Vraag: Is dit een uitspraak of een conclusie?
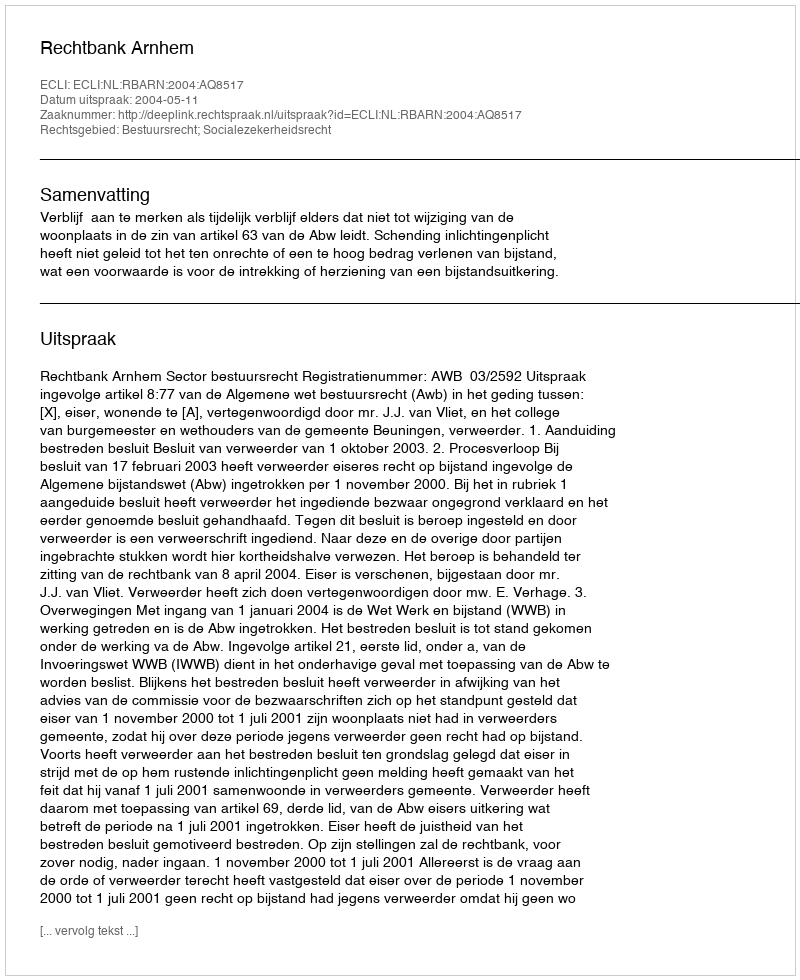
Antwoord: Uitspraak